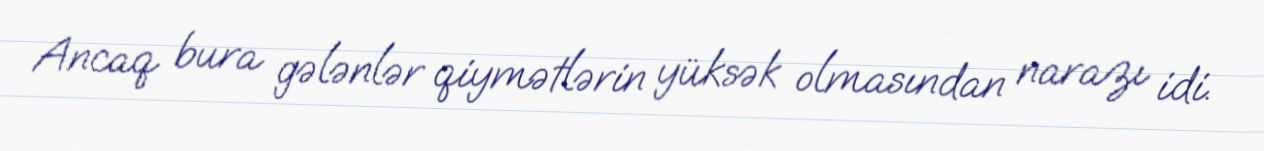
Ancaq bura gələnlər qiymətlərin yüksək olmasından narazı idi.